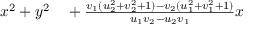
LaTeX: \begin{array} { r l } { x ^ { 2 } + y ^ { 2 } } & { { } { } + { \frac { v _ { 1 } ( u _ { 2 } ^ { 2 } + v _ { 2 } ^ { 2 } + 1 ) - v _ { 2 } ( u _ { 1 } ^ { 2 } + v _ { 1 } ^ { 2 } + 1 ) } { u _ { 1 } v _ { 2 } - u _ { 2 } v _ { 1 } } } x } \end{array}